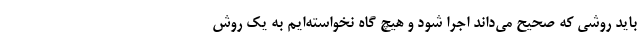
باید روشی که صحیح می‌داند اجرا شود و هیچ گاه نخواسته‌ایم به یک روش